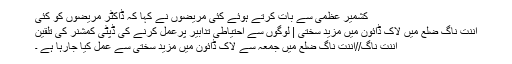
کشمیر عظمیٰ سے بات کرتے ہوئے کئی مریضوں نے کہا کہ ڈاکٹر مریضوں کو کئی
اننت ناگ ضلع میں لاک ڈائون میں مزید سختی | لوگوں سے احتیاطی تدابیر پرعمل کرنے کی ڈپٹی کمشنر کی تلقین
اننت ناگ//اننت ناگ ضلع میں جمعہ سے لاک ڈائون میں مزید سختی سے عمل کیا جارہا ہے ۔